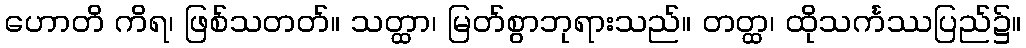
ဟောတိ ကိရ၊ ဖြစ်သတတ်။ သတ္ထာ၊ မြတ်စွာဘုရားသည်။ တတ္ထ၊ ထိုသင်္ကဿပြည်၌။